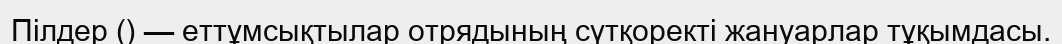
Пілдер () — еттұмсықтылар отрядының сүтқоректі жануарлар тұқымдасы.